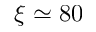
\xi \simeq 8 0